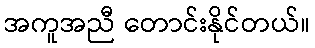
အကူအညီ တောင်းနိုင်တယ်။